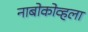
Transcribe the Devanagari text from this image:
नाबोकोव्हला